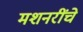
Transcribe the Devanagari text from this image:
मशनरींचे